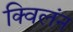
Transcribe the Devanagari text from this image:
क्विलंन